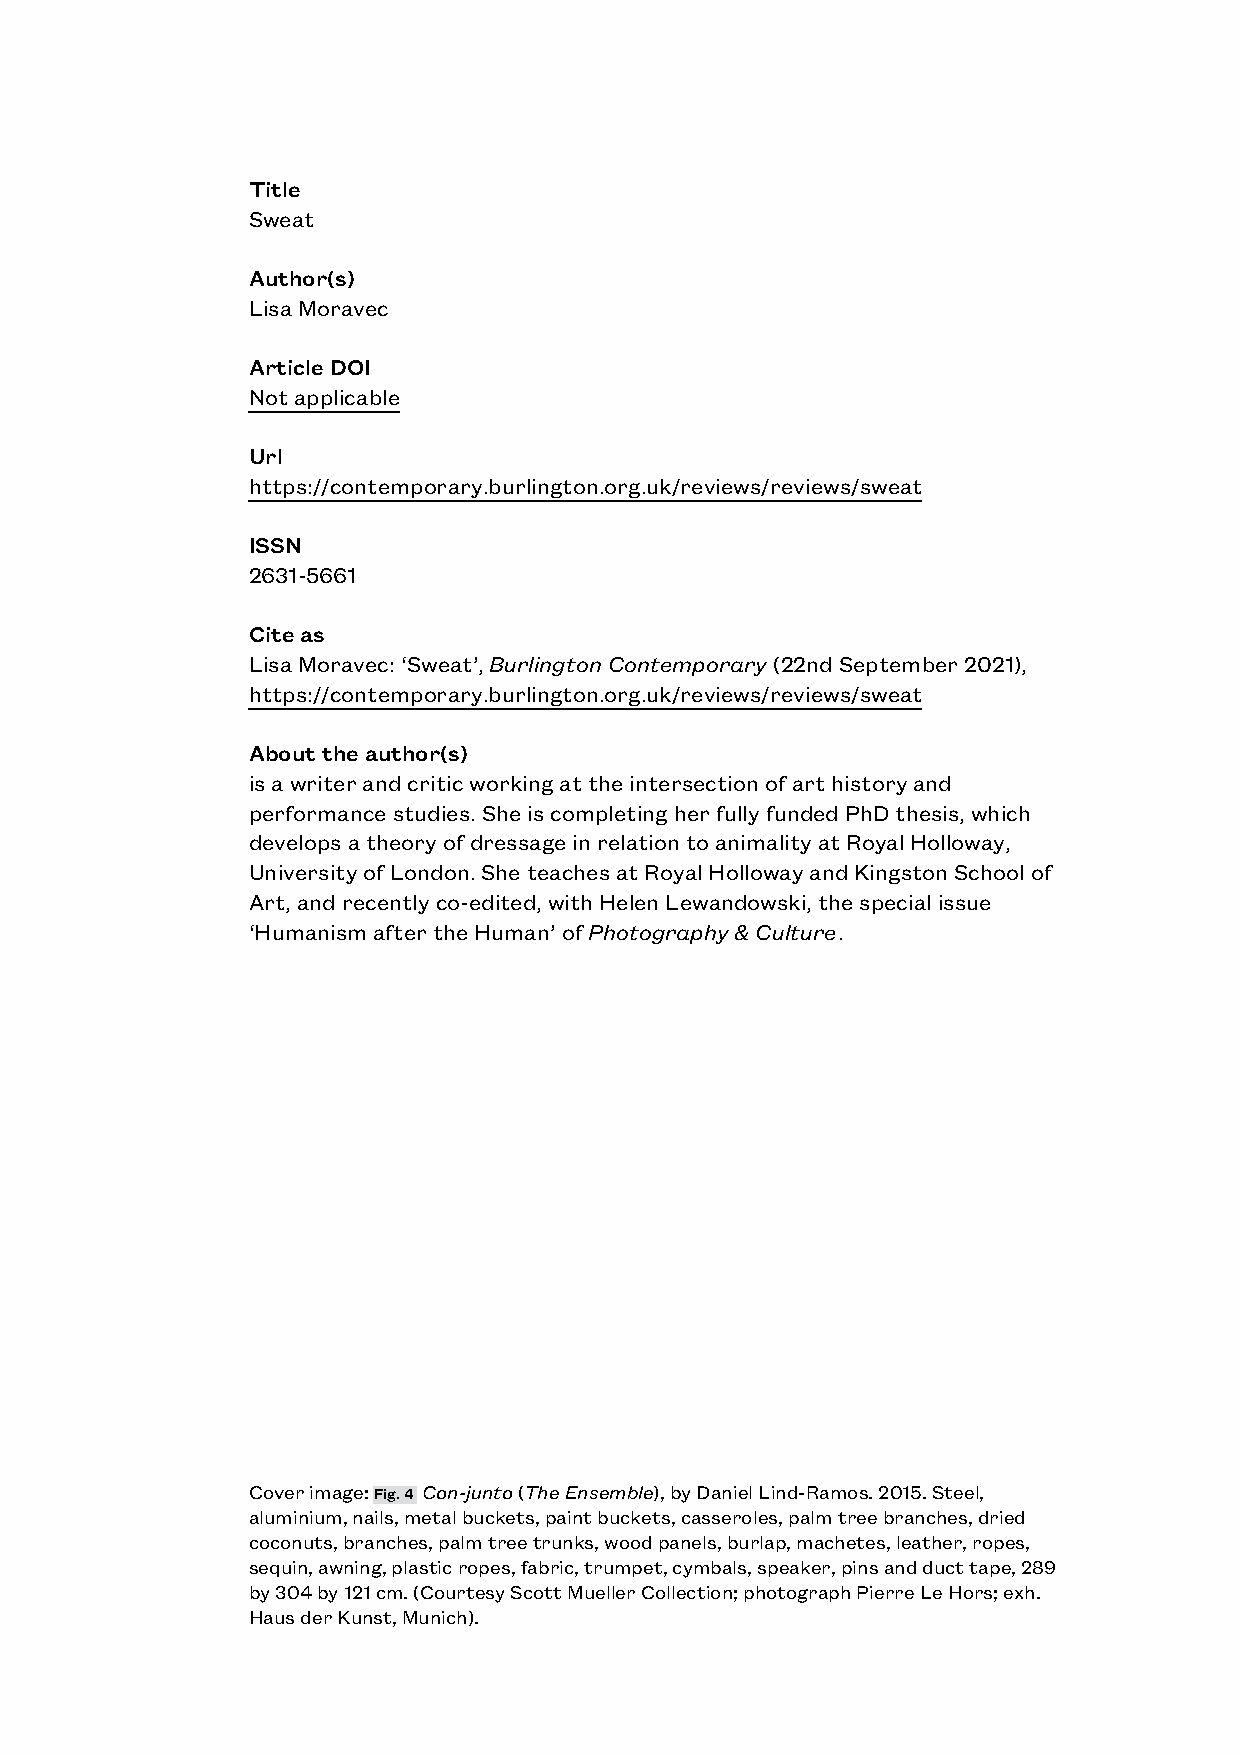
Title
 Sweat
 Author(s)
 Lisa Moravec
 Article DOI
 Not applicable
 Url
 https://contemporary.burlington.org.uk/reviews/reviews/sweat
 ISSN
 2631-5661
 Cite as
 Lisa Moravec: ‘Sweat’, Burlington Contemporary (22nd September 2021),
 https://contemporary.burlington.org.uk/reviews/reviews/sweat
 About the author(s)
 is a writer and critic working at the intersection of art history and
 performance studies. She is completing her fully funded PhD thesis, which
 develops a theory of dressage in relation to animality at Royal Holloway,
 University of London. She teaches at Royal Holloway and Kingston School of
 Art, and recently co-edited, with Helen Lewandowski, the special issue
 ‘Humanism after the Human’ of Photography & Culture.
 Cover image: Fig. 4 Con-junto (The Ensemble), by Daniel Lind-Ramos. 2015. Steel,
 aluminium, nails, metal buckets, paint buckets, casseroles, palm tree branches, dried
 coconuts, branches, palm tree trunks, wood panels, burlap, machetes, leather, ropes,
 sequin, awning, plastic ropes, fabric, trumpet, cymbals, speaker, pins and duct tape, 289
 by 304 by 121 cm. (Courtesy Scott Mueller Collection; photograph Pierre Le Hors; exh.
 Haus der Kunst, Munich).